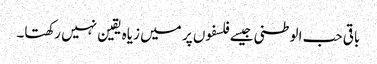
باقی حب الوطنی جیسے فلسفوں پر میں زیاہ یقین نہیں رکھتا۔